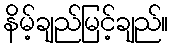
နိမ့်ချည်မြင့်ချည်။